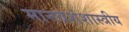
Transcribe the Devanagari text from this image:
मानवशंशास्त्रीय